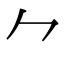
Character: ⺈